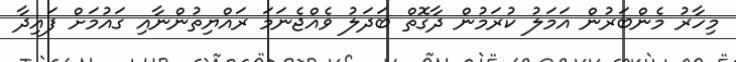
މިހާރު މެންބަރުން އަމަލު ކުރަމުން ދާގޮތް ބަދަލު ވެއްޖެނަމަ ރައްޔިތުންނާއި ގައުމަށް ފައިދާ